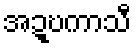
အဍ္ဎကာသီ